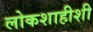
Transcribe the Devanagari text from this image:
लोकशाहीशी